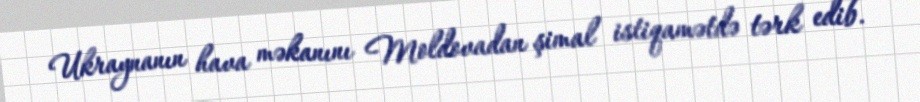
Ukraynanın hava məkanını Moldovadan şimal istiqamətdə tərk edib.